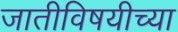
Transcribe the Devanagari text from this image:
जातीविषयीच्या